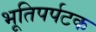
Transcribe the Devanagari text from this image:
भूतिपर्पटक